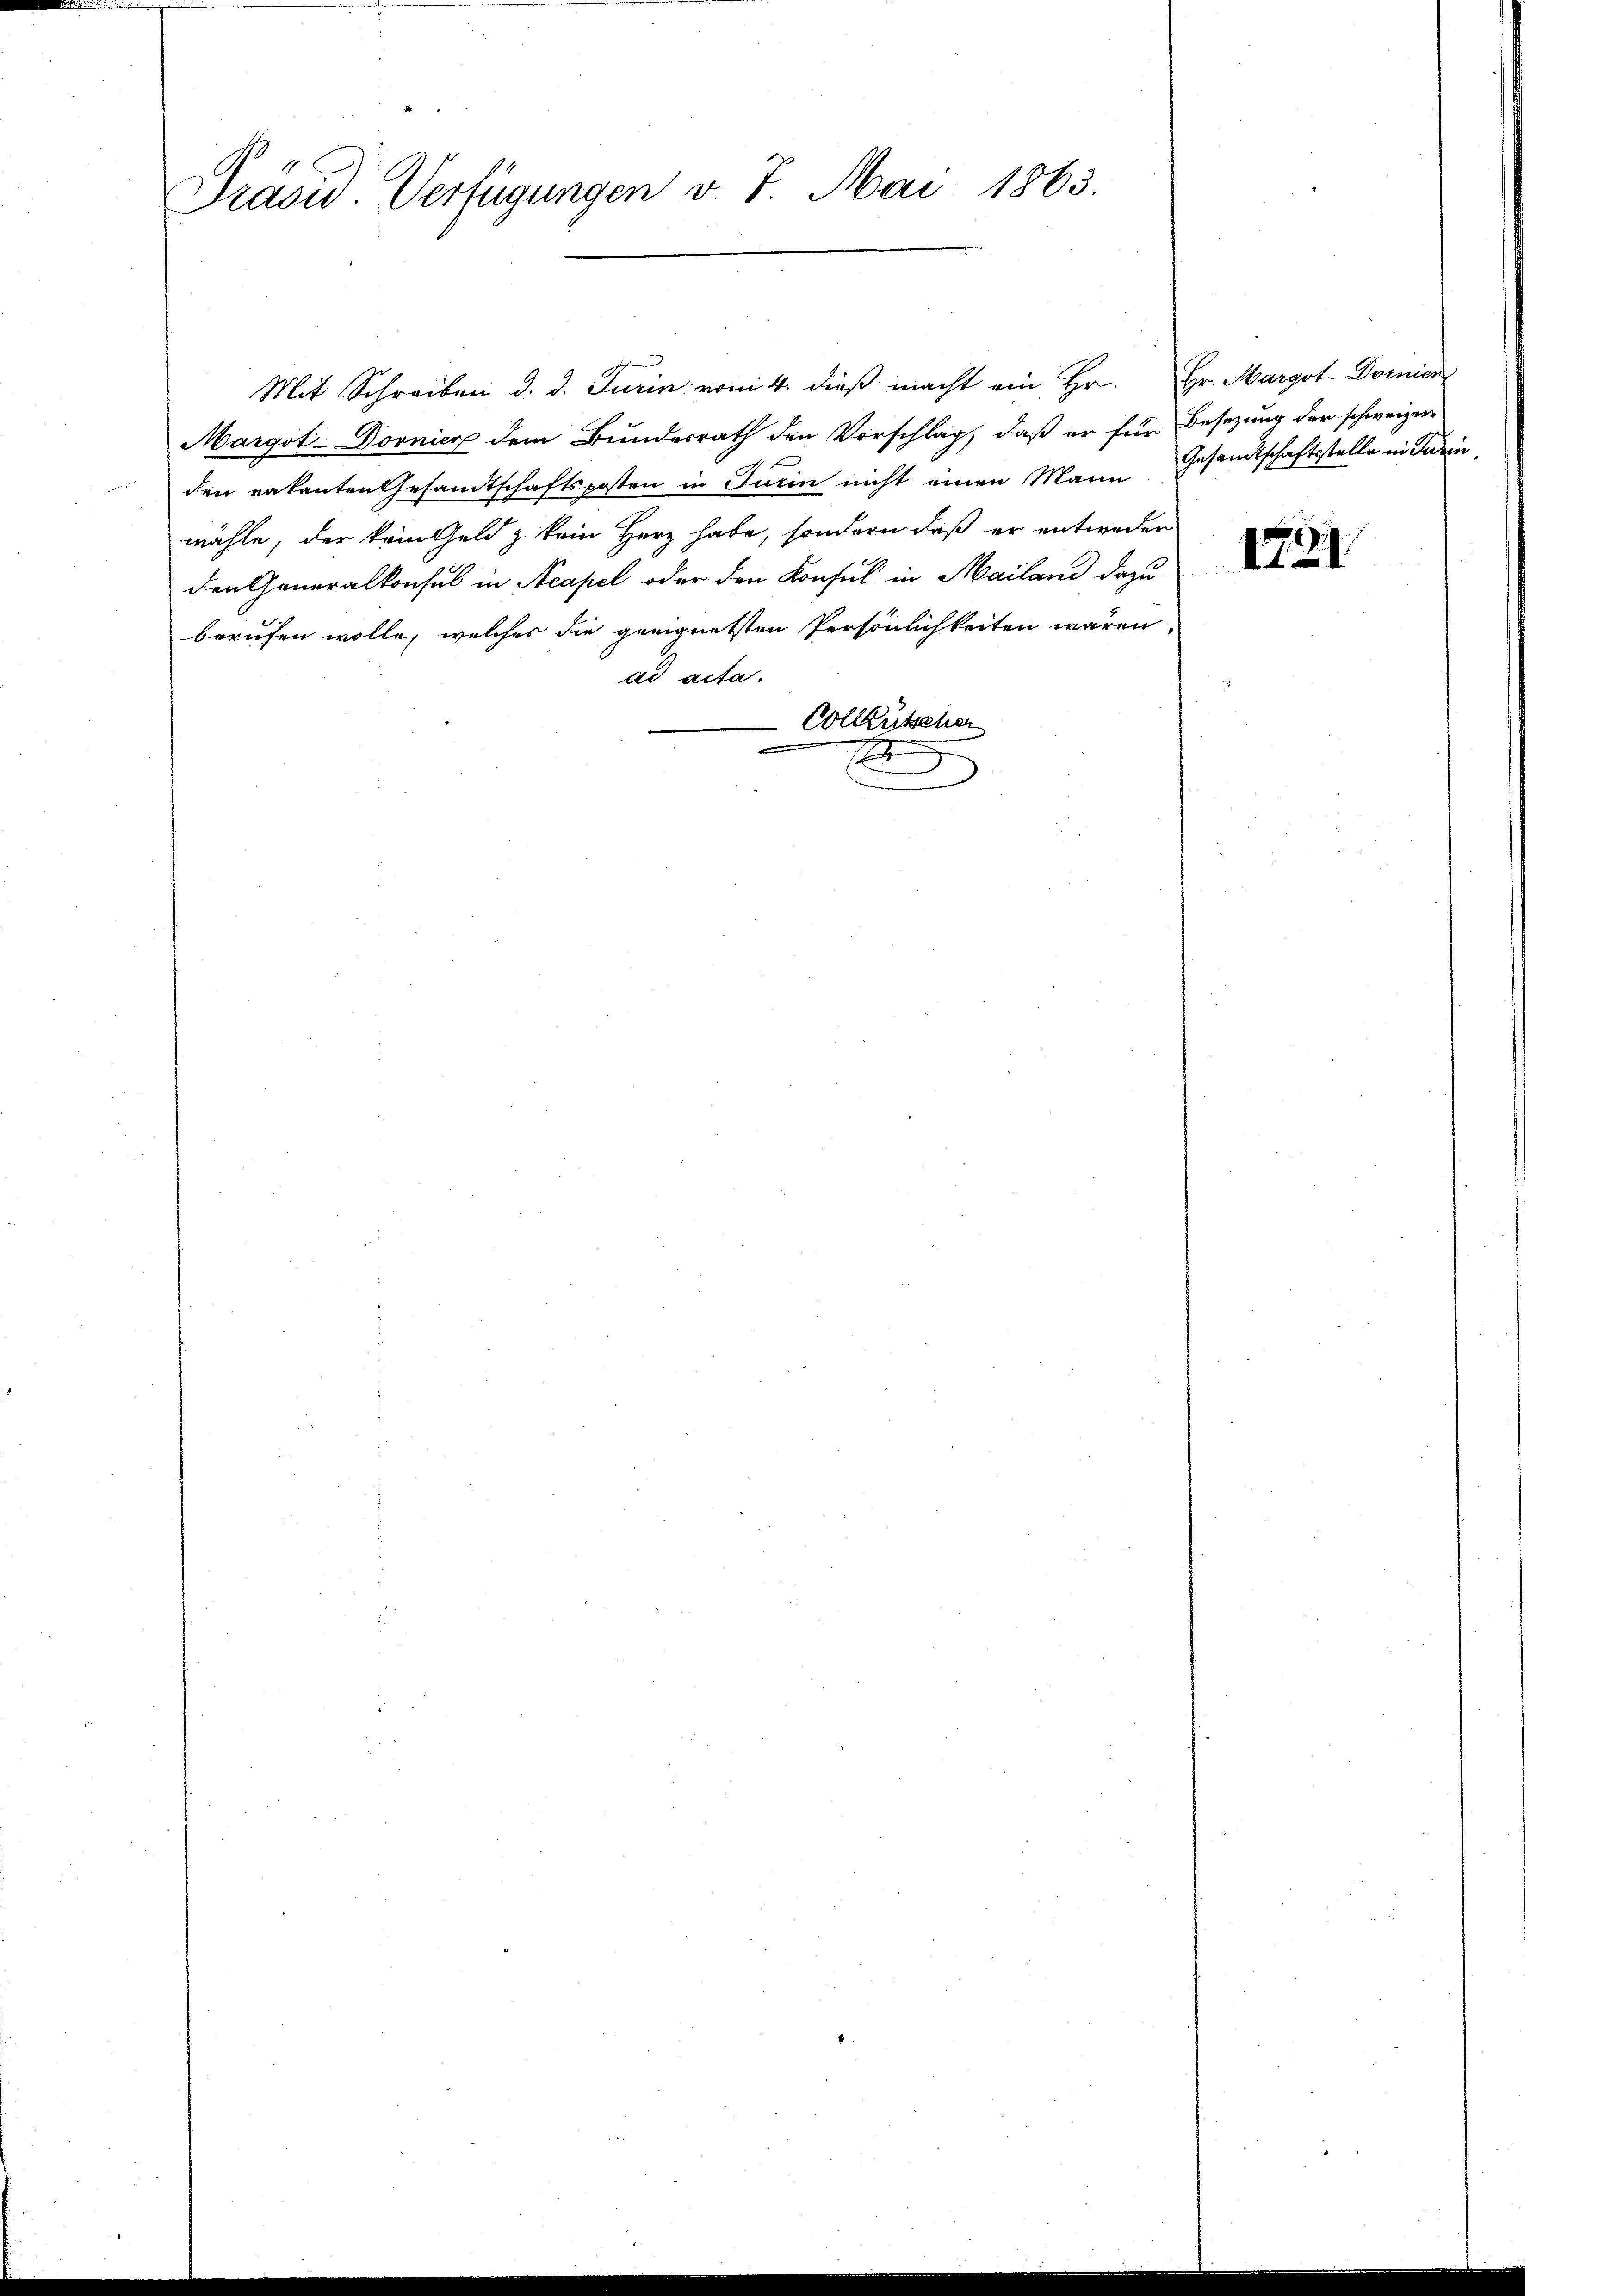
Präsid. Verfügungen v. 7. Mai 1863.

Mit Schreiben d. d. Turin vom 4. dieß macht ein Hr. Hr. Margot-Dornen
Margot-Dornier dem Bundesrath den Vorschlag, daß er für Besetzung der schweizer
den vakanten Gesandtschaftsposten in Turin nicht einen Mann Gesandtschaftsstelle in Turin,
wähle, der kein Geld z kein Herz habe, sondern daß er entweder
den Generalkonsul in Acapel oder den Konsul in Mailand dazu
berufen wolle, welches die geeignetsten Persönlichkeiten wären,
ad acta.
Colktütscher
E

171